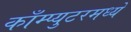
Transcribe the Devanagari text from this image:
काँम्प्युटरमध्ये